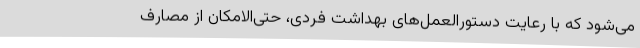
می‌شود که با رعایت دستورالعمل‌های بهداشت فردی، حتی‌الامکان از مصارف